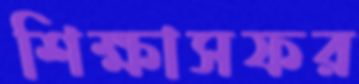
শিক্ষাসফর